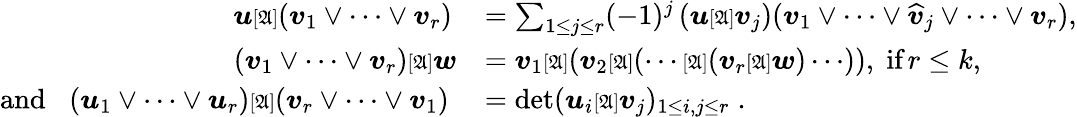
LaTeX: \begin{array}{rl}{\boldsymbol{u}{\scriptstyle{[\mathfrak{A}]}}(\boldsymbol{v}_{1}\vee\dots\vee\boldsymbol{v}_{r})\, }&{=\sum_{1\leq j\leq r}(-1)^{j}\, (\boldsymbol{u}{\scriptstyle{[\mathfrak{A}]}}\boldsymbol{v}_{j})(\boldsymbol{v}_{1}\vee\dots\vee\widehat{\boldsymbol{v}}_{j}\vee\cdots\vee\boldsymbol{v}_{r}),}\\ {(\boldsymbol{v}_{1}\vee\dots\vee\boldsymbol{v}_{r}){\scriptstyle{[\mathfrak{A}]}}\boldsymbol{w}}&{=\boldsymbol{v}_{1}{\scriptstyle{[\mathfrak{A}]}}(\boldsymbol{v}_{2}{\scriptstyle{[\mathfrak{A}]}}(\cdots{\scriptstyle{[\mathfrak{A}]}}(\boldsymbol{v}_{r}{\scriptstyle{[\mathfrak{A}]}}\boldsymbol{w})\cdots)),\; \textrm{if}\, r\leq k,}\\ {\textrm{and}\; \; \; (\boldsymbol{u}_{1}\vee\dots\vee\boldsymbol{u}_{r}){\scriptstyle{[\mathfrak{A}]}}(\boldsymbol{v}_{r}\vee\dots\vee\boldsymbol{v}_{1})\; }&{=\textrm{det}(\boldsymbol{u}_{i}{\scriptstyle{[\mathfrak{A}]}}\boldsymbol{v}_{j})_{1\leq i,j\leq r}\; .}\end{array}